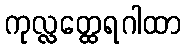
ကုလ္လတ္ထေရဂါထာ